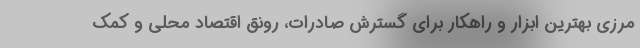
مرزی بهترین ابزار و راهکار برای گسترش صادرات، رونق اقتصاد محلی و کمک